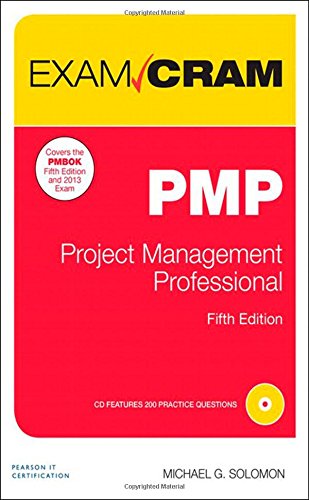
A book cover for PMP Exam Cram: Project Management Professional (5th Edition); Michael G. Solomon; Test Preparation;